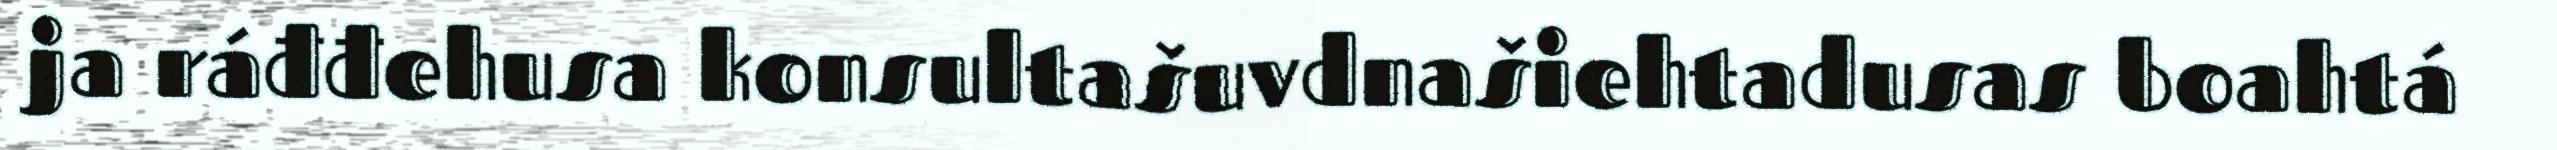
ja ráđđehusa konsultašuvdnašiehtadusas boahtá